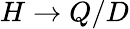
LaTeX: H\rightarrow Q/D